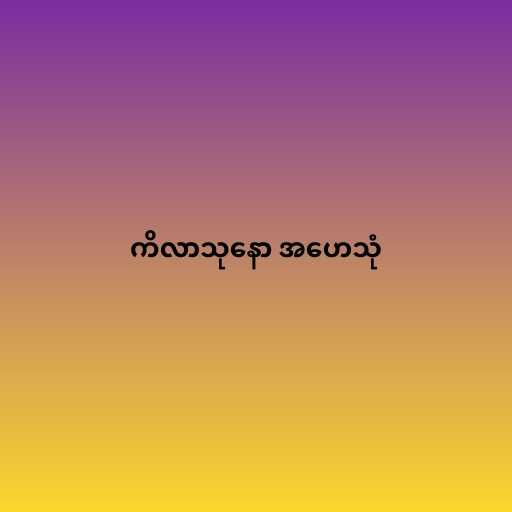
ကိလာသုနော အဟေသုံ